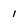
Character: 1